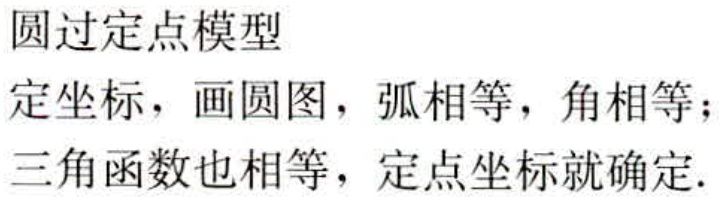
圆过定点模型

定坐标，画圆图，弧相等，角相等；

三角函数也相等，定点坐标就确定.